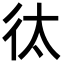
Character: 㣖